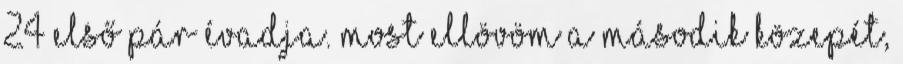
24 első pár évadja. Most ellövöm a második közepét,